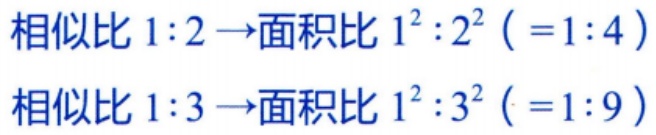
相似比 \(1:2 \to\)面积比 \(1^{2}:2^{2}\ (=1:4)\)
相似比 \(1:3 \to\)面积比 \(1^{2}:3^{2}\ (=1:9)\)